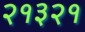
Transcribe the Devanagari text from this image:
२१३२१